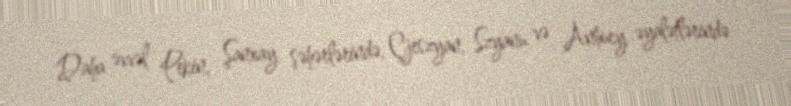
Daha əvvəl Pekin, Şanxay şəhərlərində, Çjeszyan, Szyanu və Anhuey əyalətlərində